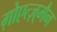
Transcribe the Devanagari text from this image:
ग़ोएत्ज़्मैन